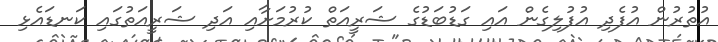
އުތުރުން އުފެދި އުފުލިގެން އައި ގަޑުބަޑުގެ ޝަރީއަތް ކުރުމަށާއި އަދި ޝަރީއަތުގައި ކަނޑައެޅި